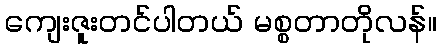
ကျေးဇူးတင်ပါတယ် မစ္စတာတိုလန်။